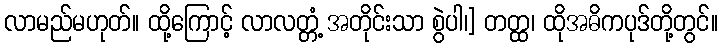
လာမည်မဟုတ်။ ထို့ကြောင့် လာလတ္တံ့ အတိုင်းသာ စွဲပါ၊] တတ္ထ၊ ထိုအဓိကပုဒ်တို့တွင်။